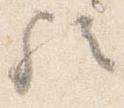
歟